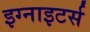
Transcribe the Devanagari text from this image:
इग्नाइटर्स